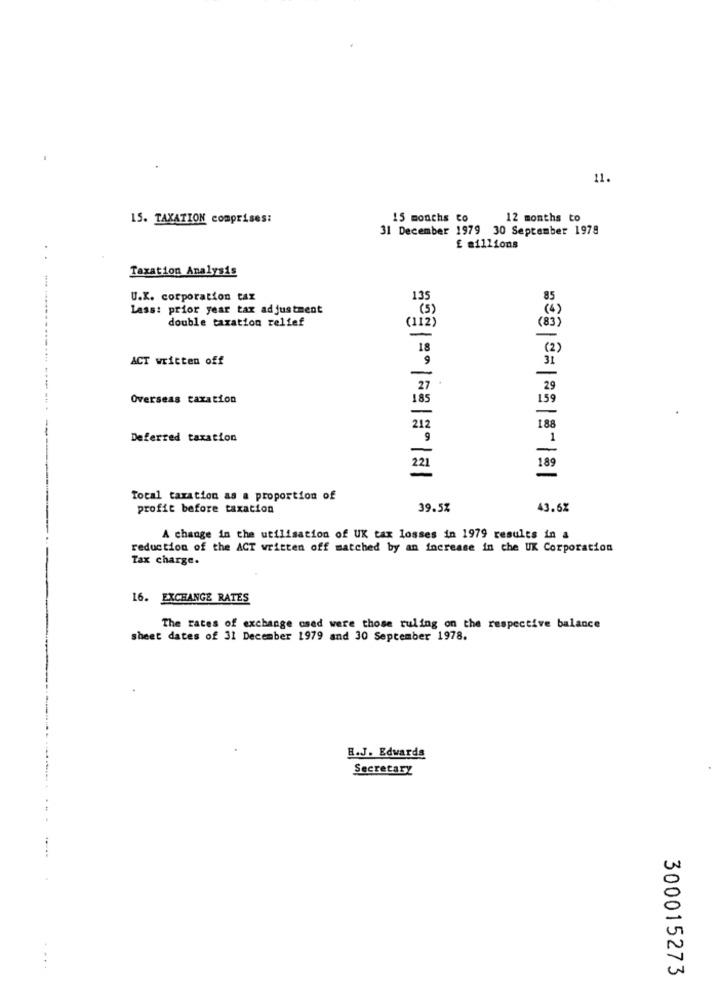
11.
15. TAXATION comprises:
15 months to
12 months to
31 December 1979 30 September 1978
£ millions
. .
Taxation Analysis
U.X. corporation tax
135
85
Lass: prior year tax adjustment
( 3)
double taxation relief
(112)
(83
-
18
ACT written off
9
27
29
Overseas taxation
185
59
212
188
Deferred taxation
221
185
Total taxation as a proportion of
profit before taxation
39.5%
43.6%
A change in the utilisation of UK tax losses in 1979 results in a
reduction of the ACT written off matched by an increase in the UK Corporation
Tax charge.
16. EXCHANGE RATES
The rates of exchange osed were those ruling on the respective balance
sheet dates of 31 December 1979 and 30 September 1978.
B.J. Edwards
Secretary
300015273